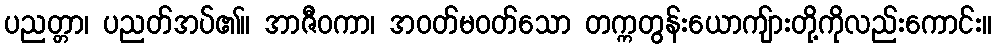
ပညတ္တာ၊ ပညတ်အပ်၏။ အာဇီဝကာ၊ အဝတ်မဝတ်သော တက္ကတွန်းယောကျ်ားတို့ကိုလည်းကောင်း။